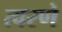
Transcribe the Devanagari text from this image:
त्वरणे